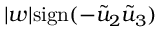
| w | \mathrm { s i g n } ( - \tilde { u } _ { 2 } \tilde { u } _ { 3 } )